Annual report on the working of the mental hospitals in the Madras Presidency - 1912-1932
Year: 1912
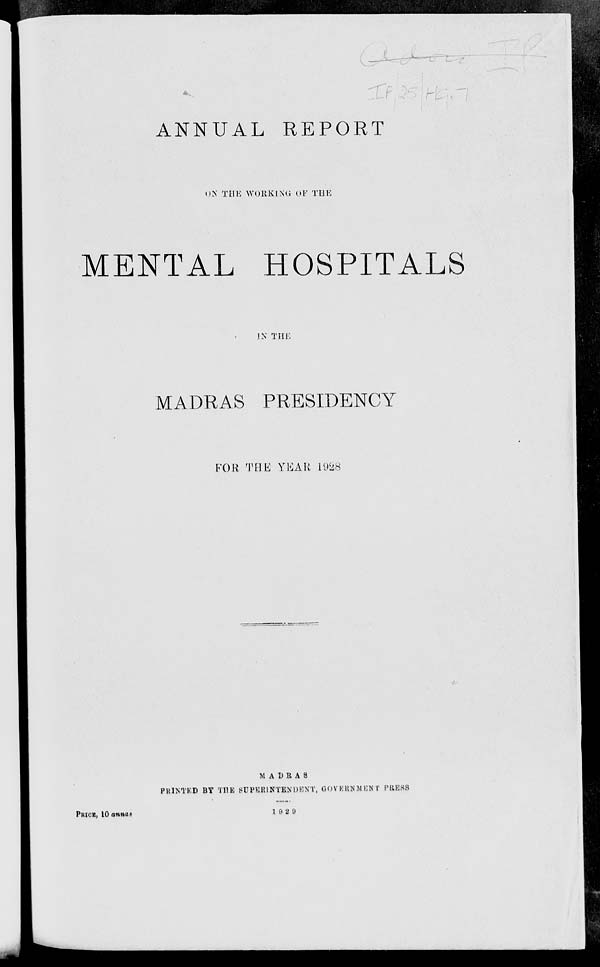
ANNUAL REPORT
ON THE WORKING OF THE
MENTAL HOSPITALS
IN THE
MADRAS PRESIDENCY
FOR THE YEAR 1928
MADRAS
PRINTED BY THE SUPERINTENDENT, GOVERNMENT PRESS
PRICE, 10 annas
1929